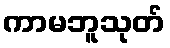
ကာမဘူသုတ်